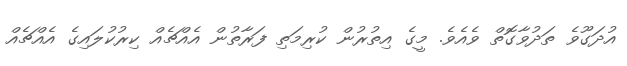
އުދަގޫވެ ތަދުވާގޮތް ވެއެވެ. މީގެ އިތުރުން ކުރިމަތި ފަރާތުން އެއްޗެއް ކިރުކުލައިގެ އެއްޗެއް